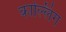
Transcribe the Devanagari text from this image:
काल्लिंग